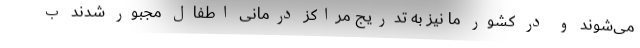
می‌شوند و در کشور ما نیز به تدریج مراکز درمانی اطفال مجبور شدند ب